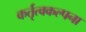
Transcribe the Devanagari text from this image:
कर्तृत्वकल्पना